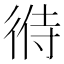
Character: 㣥